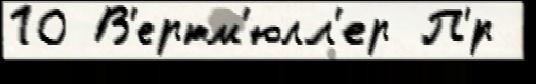
10 В'ертм'юлл'ер П'́р